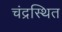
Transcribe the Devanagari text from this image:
चंद्रस्थित